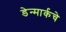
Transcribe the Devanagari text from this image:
डेन्मार्कचे